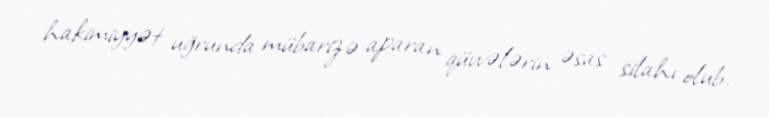
hakimiyyət uğrunda mübarizə aparan qüvvələrin əsas silahı olub.